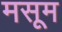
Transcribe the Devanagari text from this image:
मसूम